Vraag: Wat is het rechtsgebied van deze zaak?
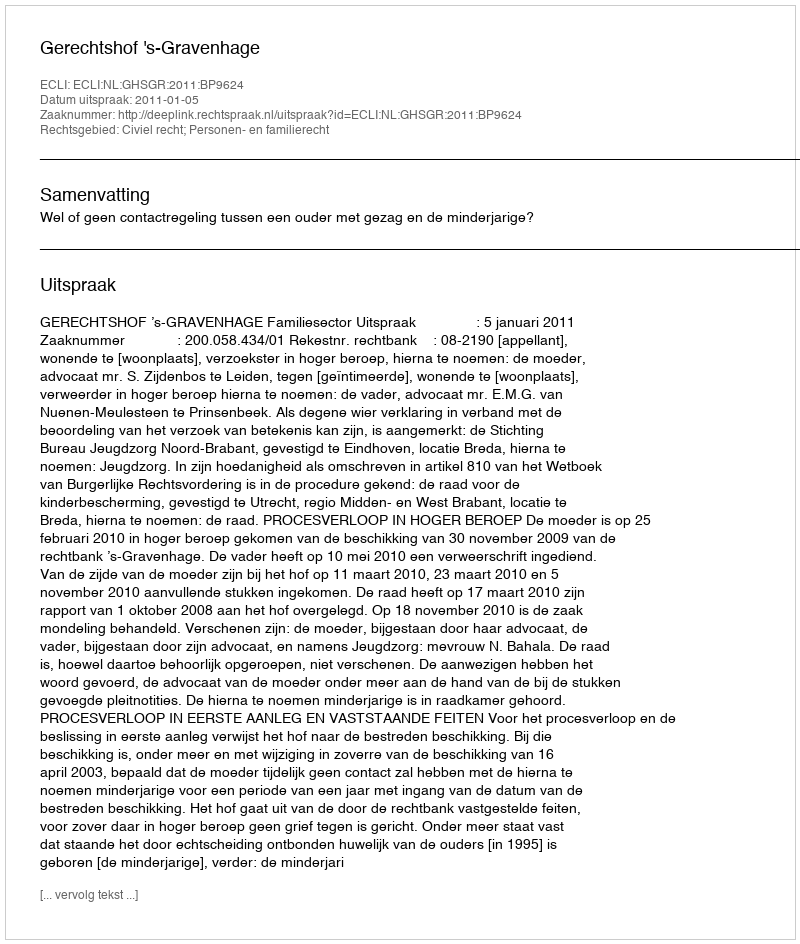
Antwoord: Civiel recht; Personen- en familierecht